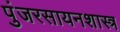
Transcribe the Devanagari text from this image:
पुंजरसायनशास्त्र